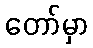
တော်မှာ